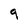
Character: 9